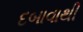
દબાવાથી